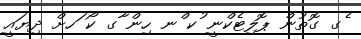
ެގ ގޮތުން ޕޮލިޓެކްނީ ުކ ްނ ހިން ާގ ކޯ ަހށް ދިޔައީ